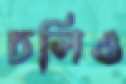
চলিও